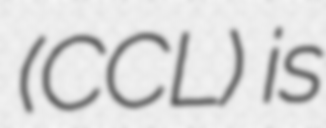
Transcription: (CCL) is